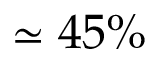
\simeq 4 5 \%